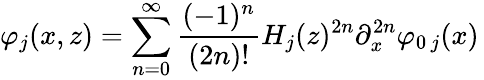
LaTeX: \varphi_{j}(x,z)=\sum_{n=0}^{\infty}\frac{(-1)^{n}}{(2n)!}H_{j}(z)^{2n}\partial_{x}^{2n}\varphi_{0\, j}(x)\,